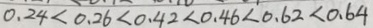
0 . 2 4 < 0 . 2 6 < 0 . 4 2 < 0 . 4 6 < 0 . 6 2 < 0 . 6 4